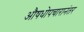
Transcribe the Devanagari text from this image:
औषधोपचारानंतर